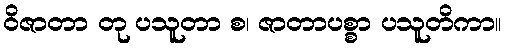
ဝိဇာတာ တု ပသူတာ စ၊ ဇာတာပစ္စာ ပသူတိကာ။